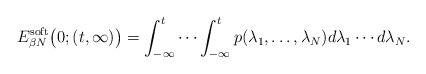
LaTeX: \begin{align*}E_{\beta N}^{{\rm soft}}\bigl(0; (t, \infty)\bigr) = \int_{-\infty}^{t} \cdots \int_{-\infty}^{t} p(\lambda_1,\ldots,\lambda_N)d\lambda_1\cdots d\lambda_N.\end{align*}